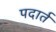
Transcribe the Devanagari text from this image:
पदार्त